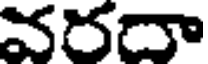
వరదా